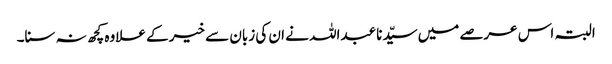
البتہ اس عرصے میں سیّدنا عبداللہ نے ان کی زبان سے خیر کے علاوہ کچھ نہ سنا۔